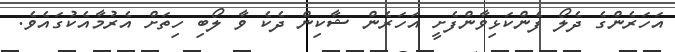
އަހަރެންގެ ދެލޯ ފެންކަޅިވާންފެށީ އަހަރެން ޝާކިން ދެކެ ވާ ލޯބި ހިތަށް އެރުމާއެކުގައެވެ.